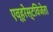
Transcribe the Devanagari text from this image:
एव्हरेस्टविजेता